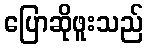
ပြောဆိုဖူးသည်